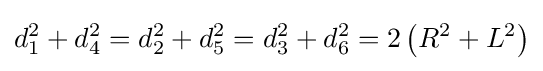
d_{1}^{2}+d_{4}^{2}=d_{2}^{2}+d_{5}^{2}=d_{3}^{2}+d_{6}^{2}=2\left(R^{2}+L^{2}\right)